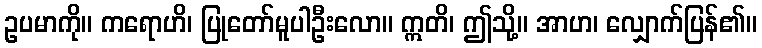
ဥပမာကို။ ကရောဟိ၊ ပြုတော်မူပါဦးလော။ ဣတိ၊ ဤသို့။ အာဟ၊ လျှောက်ပြန်၏။